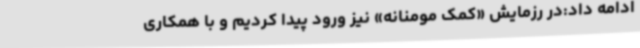
ادامه داد:در رزمایش «کمک مومنانه» نیز ورود پیدا کردیم و با همکاری